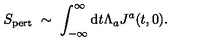
S _ { \mathrm { p e r t } } \ \sim \ \int _ { - \infty } ^ { \infty } \mathrm { d } t \Lambda _ { a } J ^ { a } ( t , 0 ) .